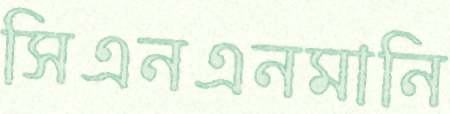
সিএনএনমানি